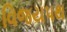
વિજયપથ